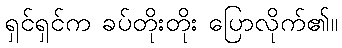
ရှင်ရှင်က ခပ်တိုးတိုး ပြောလိုက်၏။